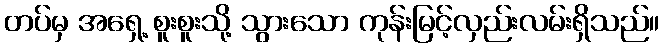
တပ်မှ အရှေ့ စူးစူးသို့ သွားသော ကုန်းမြင့်လှည်းလမ်းရှိသည်။